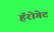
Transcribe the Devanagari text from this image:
हॅरोगेट